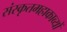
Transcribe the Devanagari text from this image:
संस्कृतमहाकाव्यों